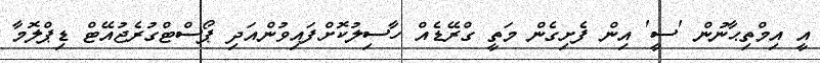
އީ އިމްތިޙާނުން 'ސީ' އިން ފެށިގެން މަތީ ގްރޭޑެއް ހާސިލުކޮށްފައިވުންއަދި ޕޯސްޓްގުރެޖުއޭޓް ޑިޕްލޮމާ